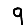
Digit: 9